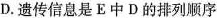
D.遗传信息是E中D的排列顺序